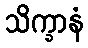
သိက္ခာနံ